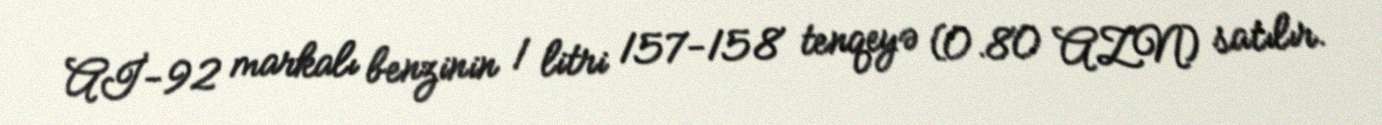
Aİ-92 markalı benzinin 1 litri 157-158 tenqeyə (0.80 AZN) satılır.